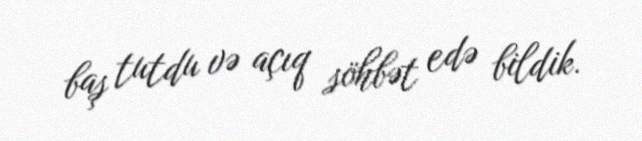
baş tutdu və açıq söhbət edə bildik.